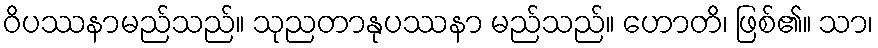
ဝိပဿနာမည်သည်။ သုညတာနုပဿနာ မည်သည်။ ဟောတိ၊ ဖြစ်၏။ သာ၊